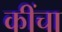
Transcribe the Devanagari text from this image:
कींचा